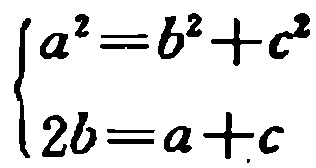
\[

\begin{cases}

a^{2}=b^{2}+c^{2}\\

2b = a + c

\end{cases}

\]